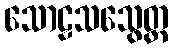
သောဠသသွေတ္ထ